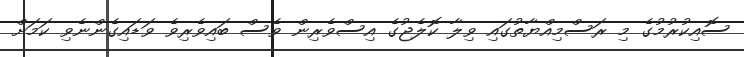
ސޮއިކުރުމުގެ މި ރަސްމިއްޔާތުގައި ވިލާ ކޮލެޖުގެ އިސްވެރިން ވެސް ބައިވެރިވެ ވަޑައިގެންނެވި ކަމަށް